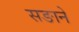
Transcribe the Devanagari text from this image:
सङाने